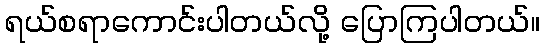
ရယ်စရာကောင်းပါတယ်လို့ ပြောကြပါတယ်။